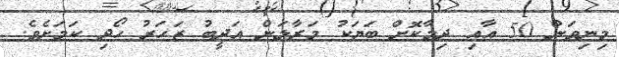
މިނިވަން 50 އާއި ދިމާކޮށް ބަޔަކު މަރާލަން އަދީބު ޒަހަރު ހޯދި ކަމަށެވެ.